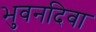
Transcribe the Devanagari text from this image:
भुवनदिवा